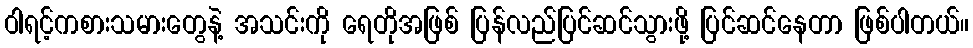
ဝါရင့်ကစားသမားတွေနဲ့ အသင်းကို ရေတိုအဖြစ် ပြန်လည်ပြင်ဆင်သွားဖို့ ပြင်ဆင်နေတာ ဖြစ်ပါတယ်။